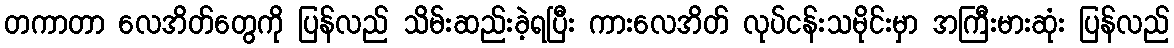
တကာတာ လေအိတ်တွေကို ပြန်လည် သိမ်းဆည်းခဲ့ရပြီး ကားလေအိတ် လုပ်ငန်းသမိုင်းမှာ အကြီးမားဆုံး ပြန်လည်